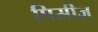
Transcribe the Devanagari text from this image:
पिसीज़